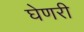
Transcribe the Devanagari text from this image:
घेणरी